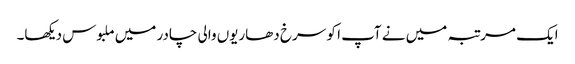
ایک مرتبہ میں نے آپ ا کو سرخ دھاریوں والی چادر میں ملبوس دیکھا۔